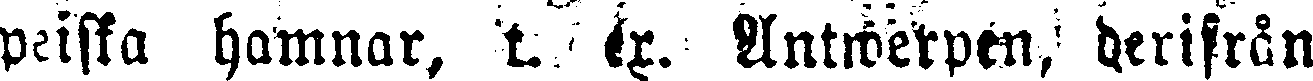
peiska hamnar, t. ex. Antwerpen, derifrån